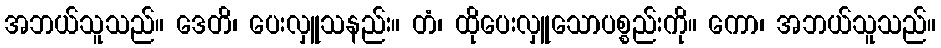
အဘယ်သူသည်။ ဒေတိ၊ ပေးလှူသနည်း။ တံ၊ ထိုပေးလှူသောပစ္စည်းကို။ ကော၊ အဘယ်သူသည်။